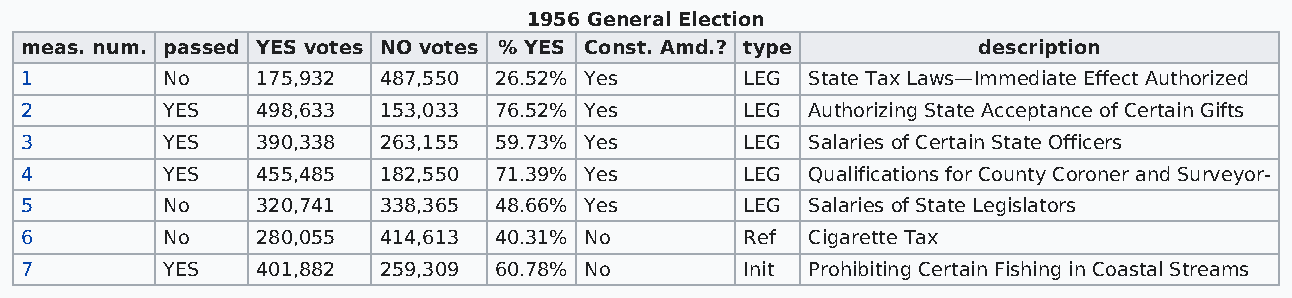
1956 General Election
 meas. num. passed YES votes NO votes % YES Const. Amd.? type    description
 1         No    175,932 487,550 26.52% Yes      LEG  State Tax Laws—Immediate Effect Authorized
 2         YES   498,633 153,033 76.52% Yes      LEG  Authorizing State Acceptance of Certain Gifts
 3         YES   390,338 263,155 59.73% Yes      LEG  Salaries of Certain State Officers
 4         YES   455,485 182,550 71.39% Yes      LEG  Qualifications for County Coroner and Surveyor-
 5         No    320,741 338,365 48.66% Yes      LEG  Salaries of State Legislators
 6         No    280,055 414,613 40.31% No       Ref  Cigarette Tax
 7         YES   401,882 259,309 60.78% No       Init Prohibiting Certain Fishing in Coastal Streams